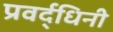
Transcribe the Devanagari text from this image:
प्रवर्द्धिनी